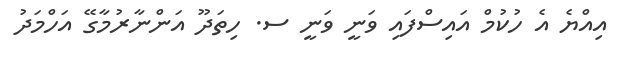
އިއްޔެ އެ ހުކުމް އައިސްފައި ވަނީ ވަނީ ސ. ހިތަދޫ އަންނާރުމާގޭ އަހްމަދު